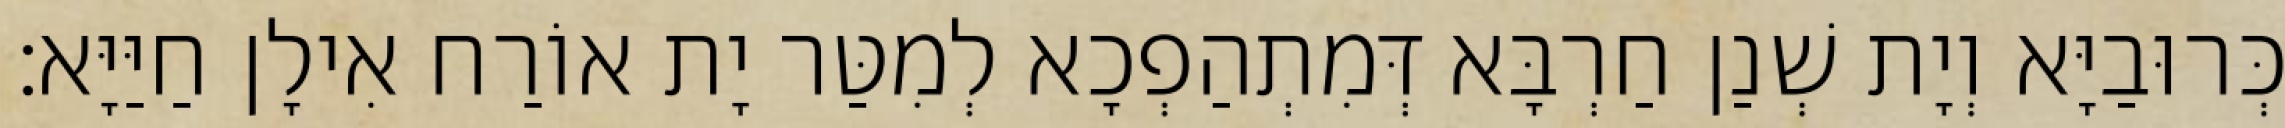
כְּרוּבַיָּא וְיָת שְׁנַן חַרְבָּא דְּמִתְהַפְכָא לְמִטַּר יָת אוֹרַח אִילָן חַיַּיָּא׃